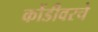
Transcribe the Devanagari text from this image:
कोंडीवरचे